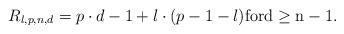
LaTeX: \begin{align*}R_{l,p,n,d} = p\cdot d - 1 + l\cdot(p-1-l)\rm{ for }d\geq n-1.\end{align*}